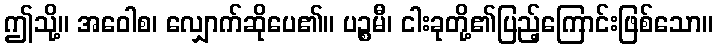
ဤသို့။ အဝေါစ၊ လျှောက်ဆိုပေ၏။ ပဉ္စမီ၊ ငါးခုတို့၏ပြည့်ကြောင်းဖြစ်သော။